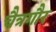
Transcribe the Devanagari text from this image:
चैत्रगौर